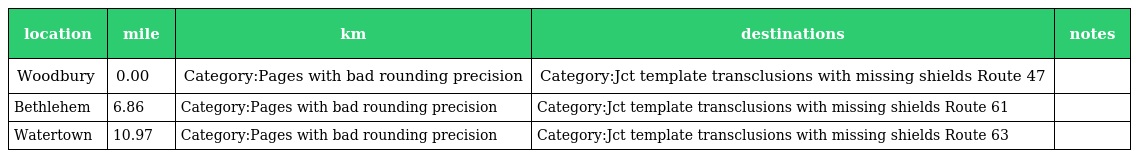
| location | mile | km | destinations | notes |
 | --- | --- | --- | --- | --- |
 | Woodbury | 0.00 | Category:Pages with bad rounding precision | Category:Jct template transclusions with missing shields Route 47 |  |
 | Bethlehem | 6.86 | Category:Pages with bad rounding precision | Category:Jct template transclusions with missing shields Route 61 |  |
 | Watertown | 10.97 | Category:Pages with bad rounding precision | Category:Jct template transclusions with missing shields Route 63 |  |